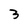
Character: 3